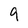
Character: 9